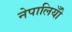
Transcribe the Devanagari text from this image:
नेपालियोँ